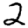
Digit: 2